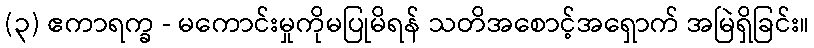
(၃) ဧကာရက္ခ - မကောင်းမှုကိုမပြုမိရန် သတိအစောင့်အရှောက် အမြဲရှိခြင်း။